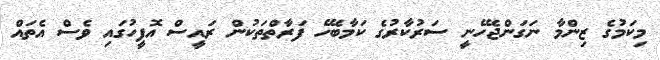
މިކަމުގެ ޒިންމާ ނަގަންޖެހޭނީ ސަރުކާރުގެ ކަމާބެހޭ ފަރާތްތަކުން ރައީސް އޮފީހުގައި ވެސް އެތައް